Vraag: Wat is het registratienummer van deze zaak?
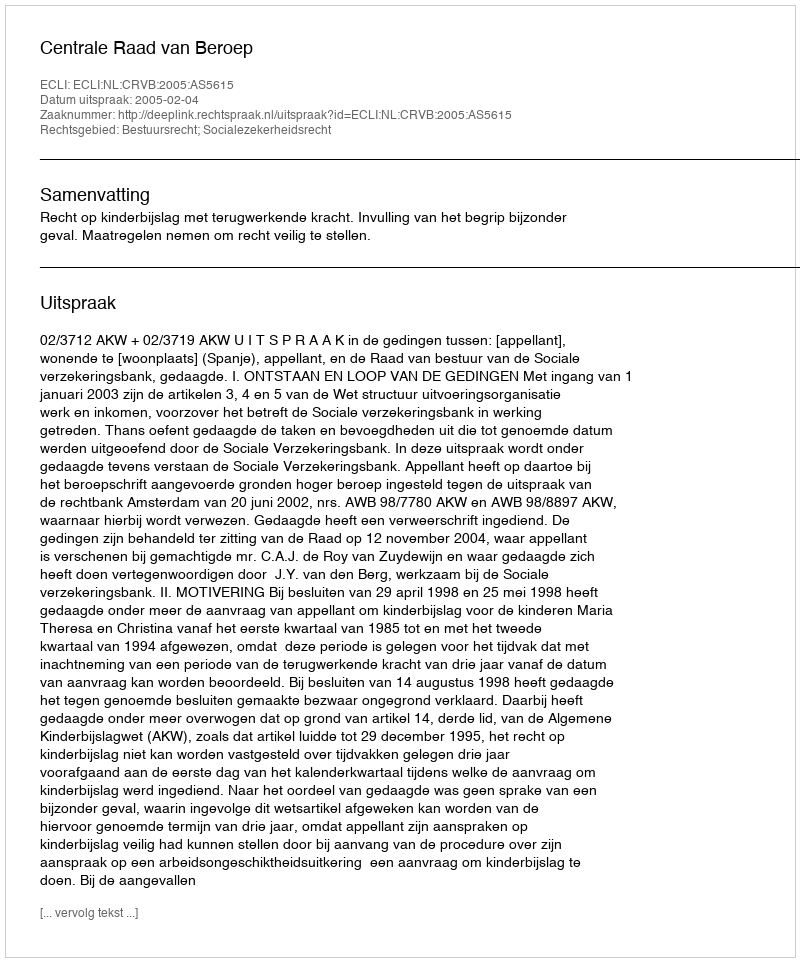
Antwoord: http://deeplink.rechtspraak.nl/uitspraak?id=ECLI:NL:CRVB:2005:AS5615